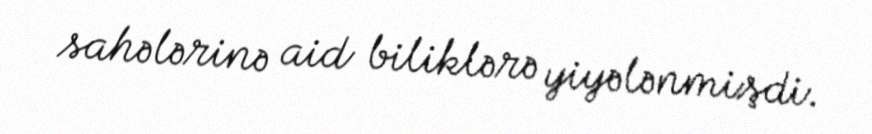
sahələrinə aid biliklərə yiyələnmişdi.